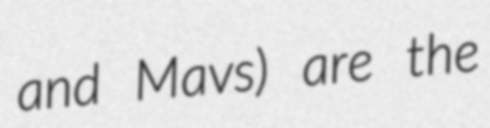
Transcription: and Mavs) are the